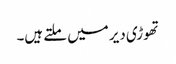
تھوڑی دیر میں ملتے ہیں۔